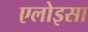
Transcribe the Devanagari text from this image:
एलोइसा